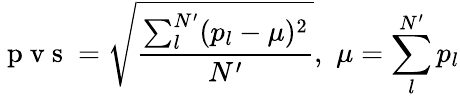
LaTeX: \mathrm{~p~v~s~}=\sqrt{\frac{\sum_{l}^{N^{\prime}}(p_{l}-\mu)^{2}}{N^{\prime}}},\, \, \mu=\sum_{l}^{N^{\prime}}p_{l}